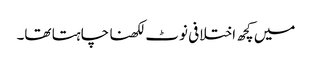
میں کچھ اختلافی نوٹ لکھنا چاہتا تھا۔